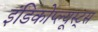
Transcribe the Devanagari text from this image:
इंडिकोप्ल्यूस्ट्स